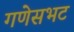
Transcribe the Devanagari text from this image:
गणेसभट